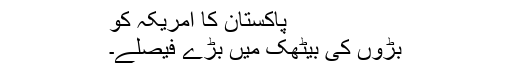
پاکستان کا امریکہ کو
بڑوں کی بیٹھک میں بڑے فیصلے۔